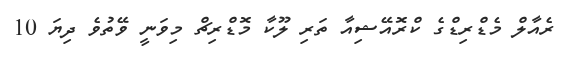
ރެއާލް މެޑްރިޑްގެ ކްރޮއޭޝިއާ ތަރި ލޫކާ މޮޑްރިޗް މިވަނީ ވޭތުވެ ދިޔަ 10